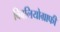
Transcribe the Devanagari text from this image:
बिबलियोग्राफी